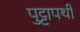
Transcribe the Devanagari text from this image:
पुट्टापर्थी